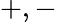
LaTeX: +,-